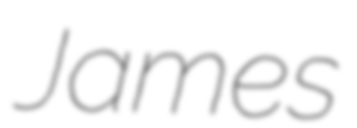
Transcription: James